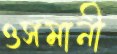
ওসমানী